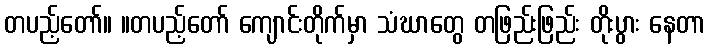
တပည့်တော်။ ။တပည့်တော် ကျောင်းတိုက်မှာ သံဃာတွေ တဖြည်းဖြည်း တိုးပွား နေတာ